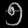
Digit: ၅